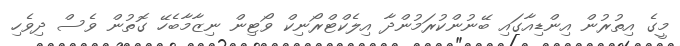
މީގެ އިތުރުން އިންޑިއާގައި ބޭނުންކުރަމުންދާ އިލެކްޓްރޯނިކް ވޯޓިން ނިޒާމާބެހޭ ގޮތުން ވެސް ދިވެހި